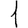
Digit: 1